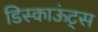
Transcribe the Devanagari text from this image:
डिस्काऊंट्स